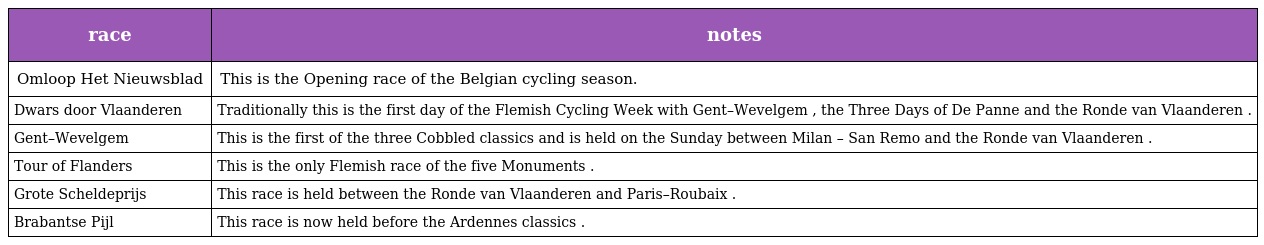
| race | notes |
 | --- | --- |
 | Omloop Het Nieuwsblad | This is the Opening race of the Belgian cycling season. |
 | Dwars door Vlaanderen | Traditionally this is the first day of the Flemish Cycling Week with Gent–Wevelgem , the Three Days of De Panne and the Ronde van Vlaanderen . |
 | Gent–Wevelgem | This is the first of the three Cobbled classics and is held on the Sunday between Milan – San Remo and the Ronde van Vlaanderen . |
 | Tour of Flanders | This is the only Flemish race of the five Monuments . |
 | Grote Scheldeprijs | This race is held between the Ronde van Vlaanderen and Paris–Roubaix . |
 | Brabantse Pijl | This race is now held before the Ardennes classics . |